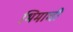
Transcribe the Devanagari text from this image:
भिमाची